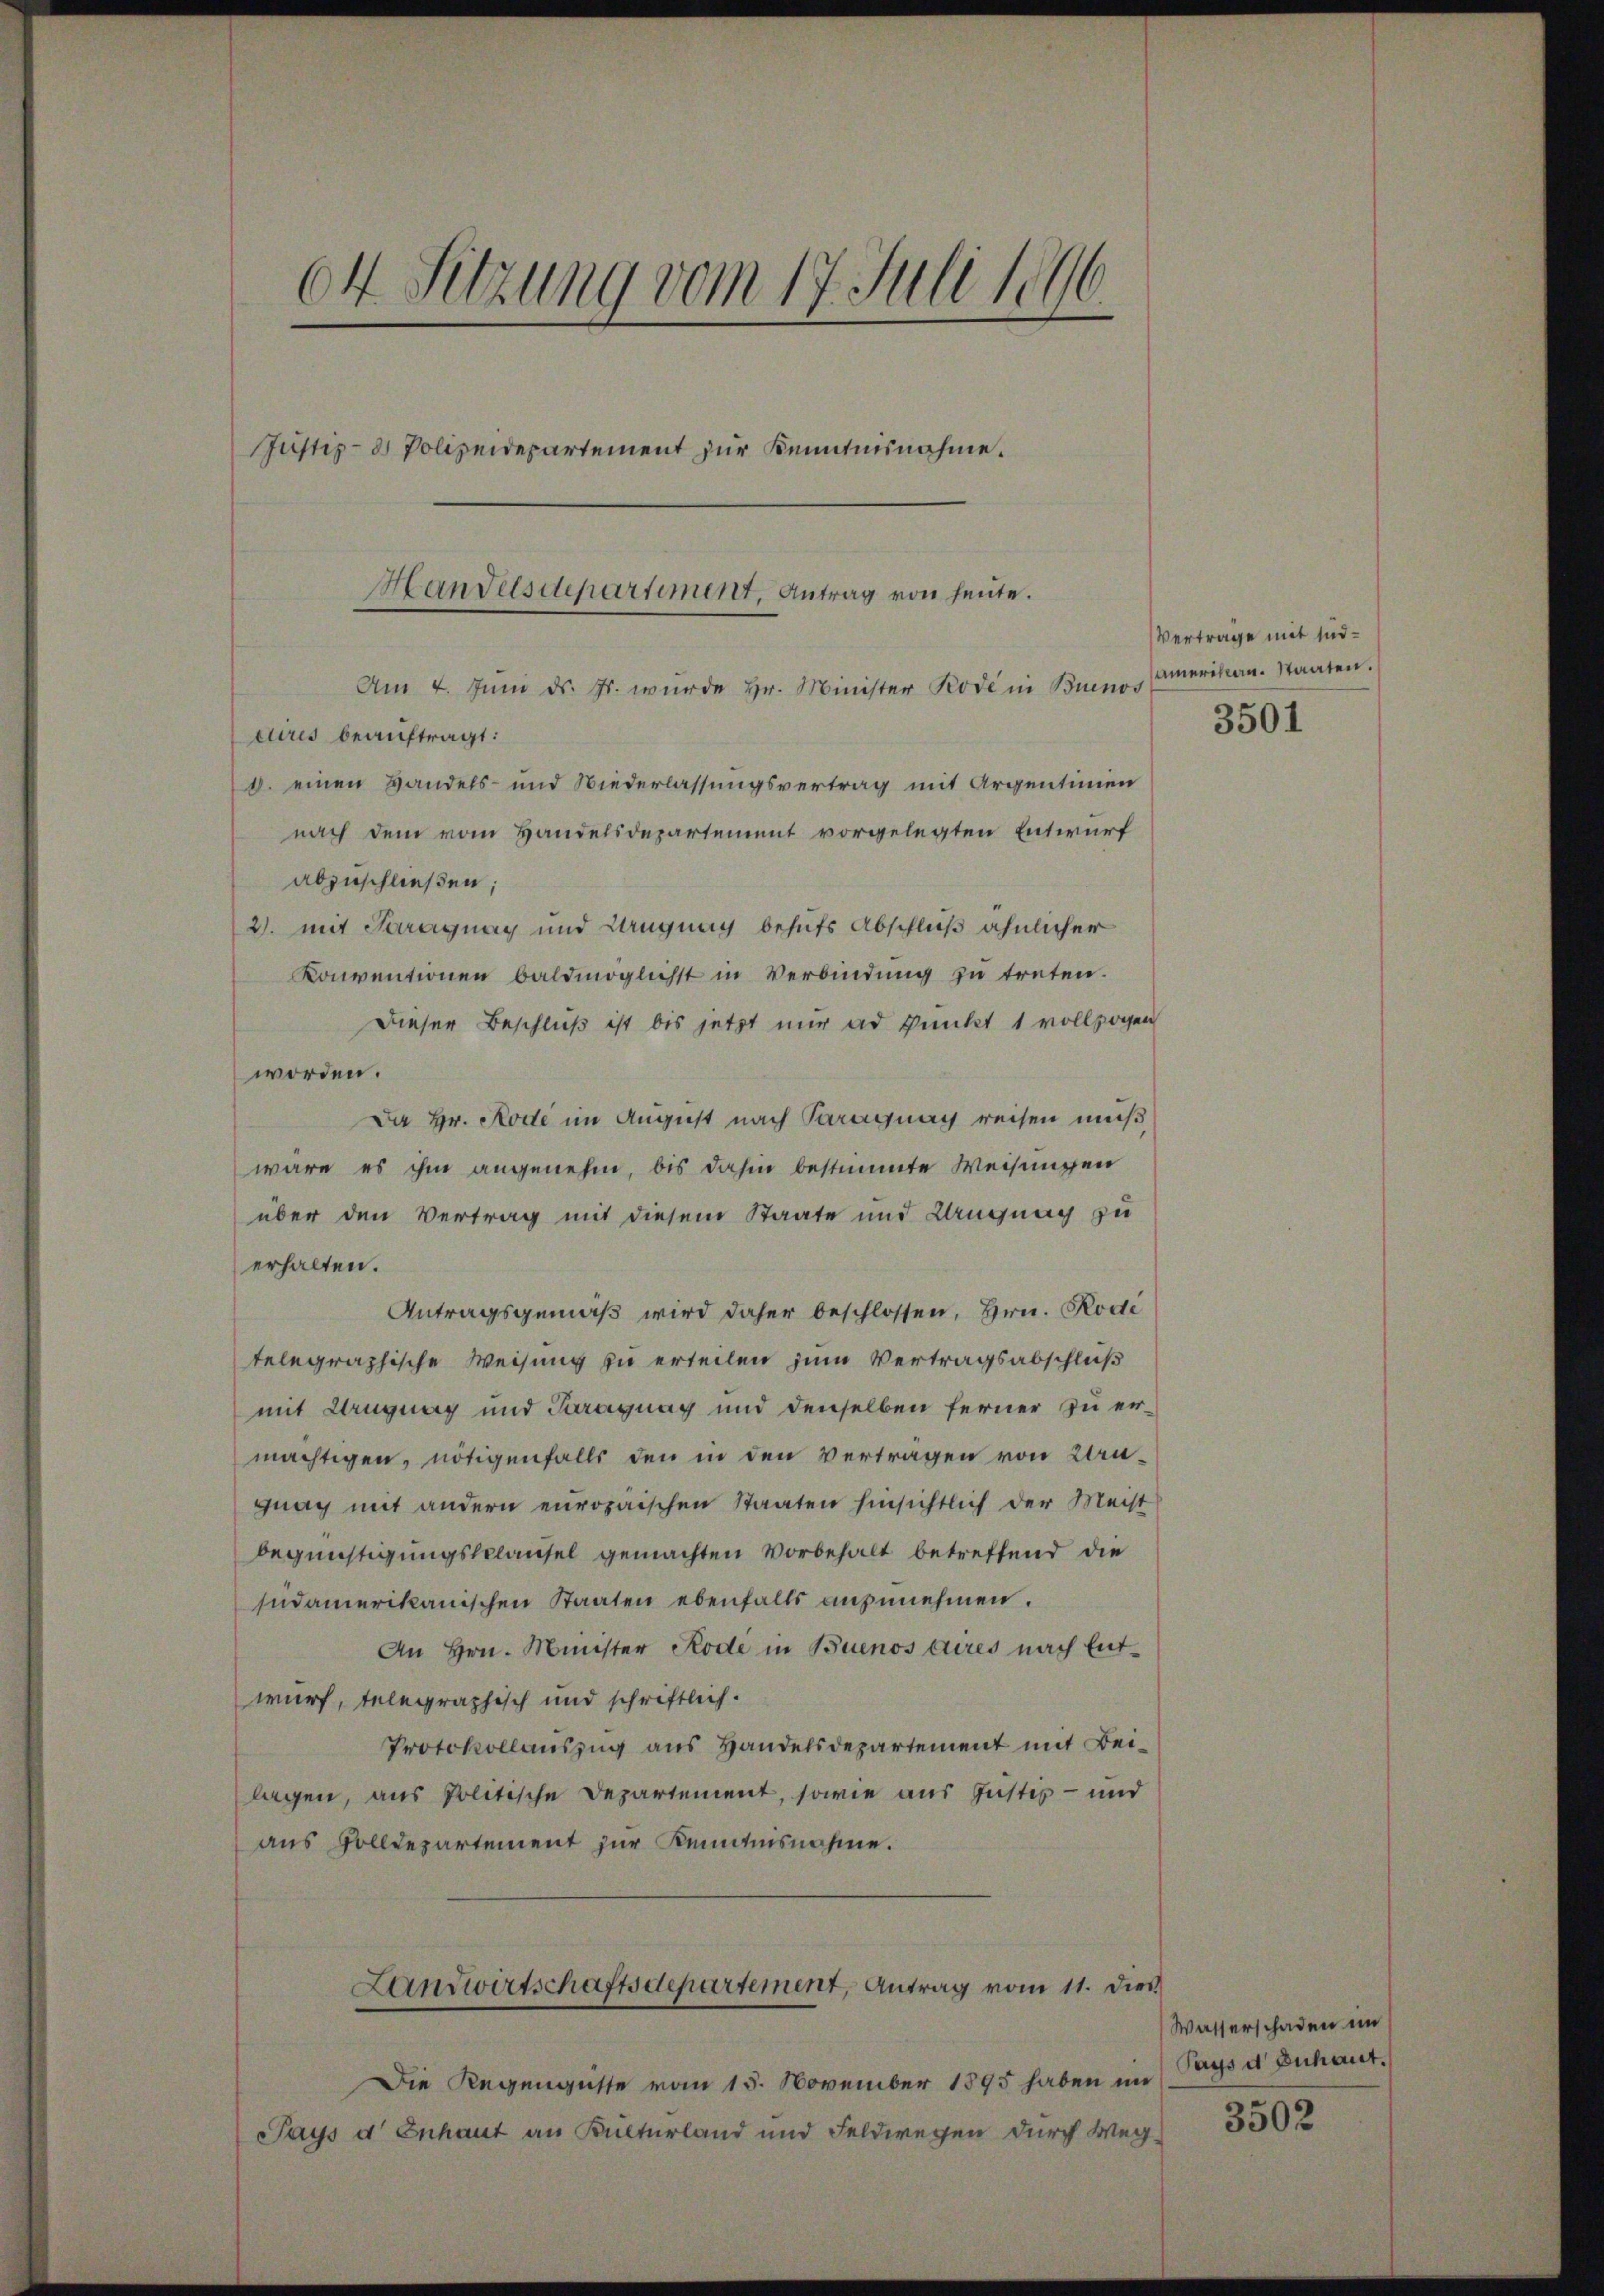
04 Sitzung vom 17. Juli 1896.
Justiz- & Polizeidepartement zur Kenntnisnahme.
Handelsdepartement, Antrag von heute.
Am 4. Juni d. Js. wurde hr. Minister Rode in Buenos
ctires beauftragt:
8. einen Handels- und Niederlassungsvertrag mit Argentinien
nach dem vom Handelsdepartement vorgelegten Entwurf

abzuschließen;
2. mit Saragnay und Langnag behufs Abschluß ähnlicher
Konventionen baldmöglichst in Verbindung zu treten.
Dieser Beschluß ist bis jetzt nur ad Punkt 1 vollzogen
worden.
Da Hr. Rode im August nach Paragnag reisen muß
wäre es ihm angenehm, bis dahin bestimmte Weisungen
über den Vertrag mit diesem Staate und Ungnag zu
erhalten.
Antragsgemäß wird daher beschlossen, Hrn. Rode
telegraphische Weisung zu erteilen zum Vertragsabschluß
mit Langnag und Paraguay und denselben ferner zu ermächtigen, nötigenfalls den in den Verträgen von Laugnay mit andern europäischen Staaten hinsichtlich der Meist
begünstigungsklausel gemachten Vorbehalt betreffend die
sudamerikanischen Staaten ebenfalls anzunehmen.
An Hrn. Münster Rode in Buenos Aires nach Entwurf, telegraphisch und schriftlich.
Protokollauszug aus Handelsdepartement mit Beilagen, aus Politische Departement, sowie aus Justiz- und
aus Volldepartement zur Kemnisnahme.
Landwirtschaftsdepartement, Antrag vom 11. dies
Die Regengüsse vom 15. November 1895 haben im
Pays d Enhaut an Kulturland und Feldwegen durch Weg-

Vertrage mit sindamerikan. Staaten.
3501

Wasserschaden im
Pays d Buchaut.

3502